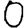
Digit: 0